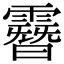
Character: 𩅨